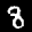
Label: 8